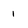
Character: 1